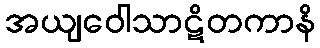
အယျဝေါသာဋိတကာနိ